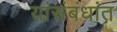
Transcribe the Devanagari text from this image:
यांसंबंधांत